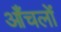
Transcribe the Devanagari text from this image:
आँचलों